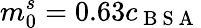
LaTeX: m_{0}^{s}=0.63c_{\mathrm{~B~S~A~}}